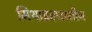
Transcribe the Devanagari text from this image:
मिथाइलअमीन